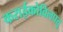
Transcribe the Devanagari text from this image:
कराईकोविलपत्तू